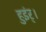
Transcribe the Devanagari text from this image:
हुइंर्।